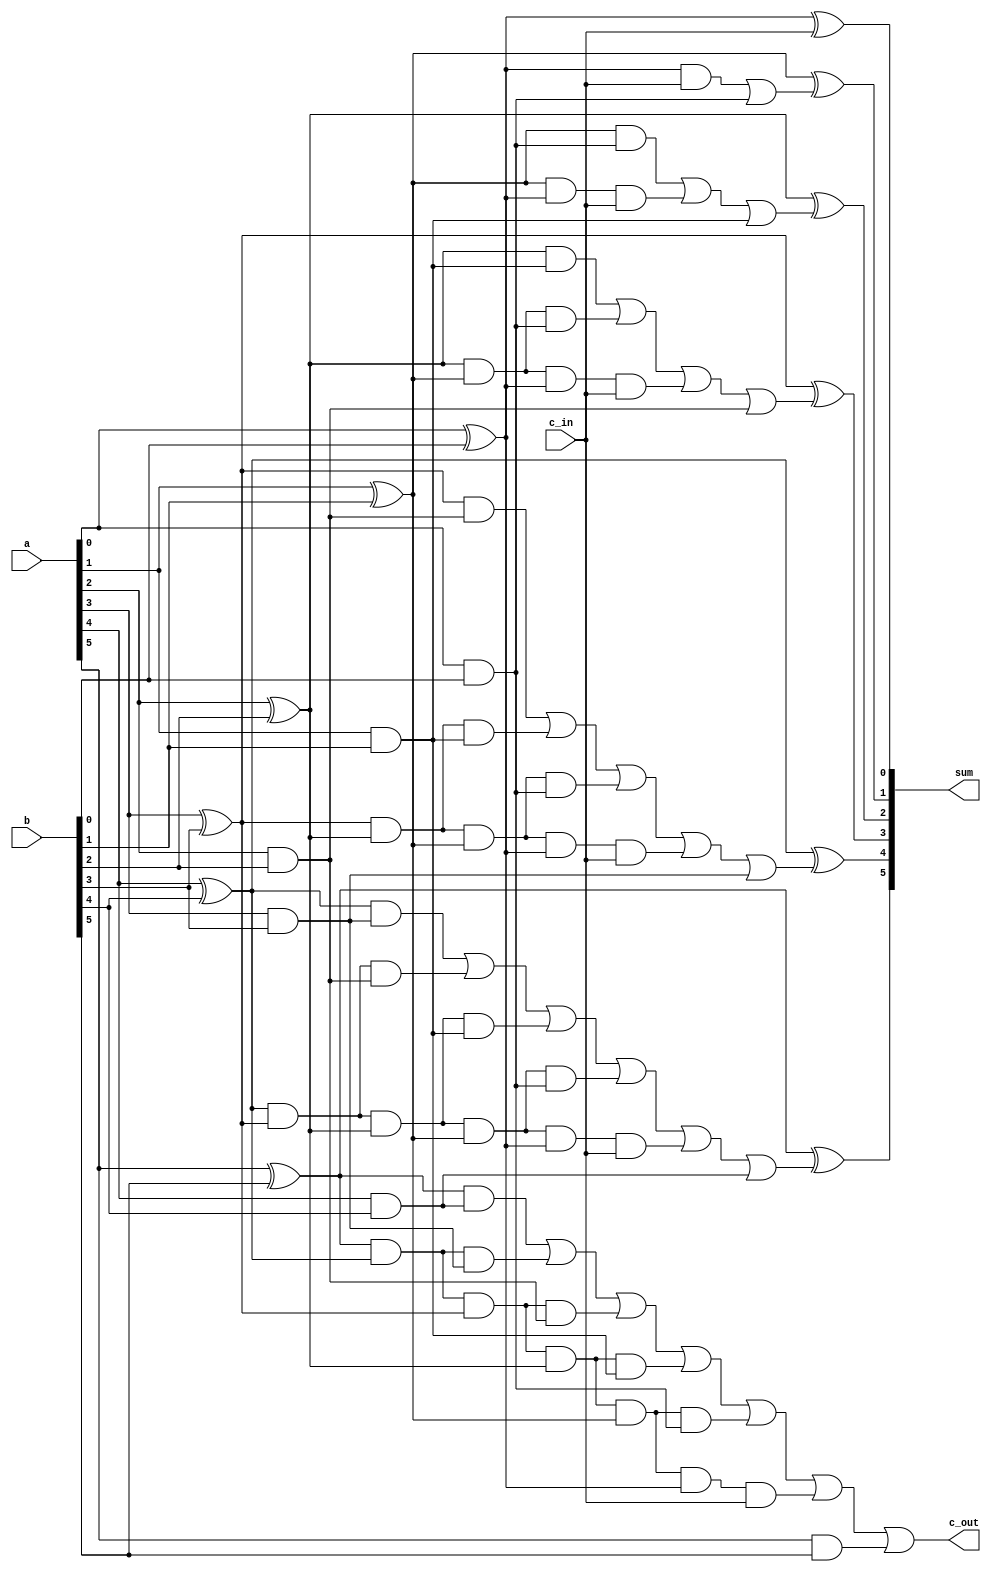
// This program was cloned from: https://github.com/techiepriyansh/zktsim
// License: Apache License 2.0

module cla_adder_6b (sum, c_out, a, b, c_in);

input [5:0] a, b;
input c_in;

output [5:0] sum;
output c_out;

wire p0, p1, p2, p3, p4, p5;
wire g0, g1, g2, g3, g4, g5;

wire c1, c2, c3, c4, c5;

wire c1_t0;
wire c2_t0, c2_t1;
wire c3_t0, c3_t1, c3_t2;
wire c4_t0, c4_t1, c4_t2, c4_t3;
wire c5_t0, c5_t1, c5_t2, c5_t3, c5_t4;
wire c_out_t0, c_out_t1, c_out_t2, c_out_t3, c_out_t4, c_out_t5;

// propagates

xor(p0, a[0], b[0]);
xor(p1, a[1], b[1]);
xor(p2, a[2], b[2]);
xor(p3, a[3], b[3]);
xor(p4, a[4], b[4]);
xor(p5, a[5], b[5]);

// generates

and(g0, a[0], b[0]);
and(g1, a[1], b[1]);
and(g2, a[2], b[2]);
and(g3, a[3], b[3]);
and(g4, a[4], b[4]);
and(g5, a[5], b[5]);


//carries

and(c1_t0, p0, c_in);
or(c1, c1_t0, g0);

and(c2_t1, p1, g0);
and(c2_t0, p1, p0, c_in);
or(c2, c2_t1, c2_t0, g1);

and(c3_t2, p2, g1);
and(c3_t1, p2, p1, g0);
and(c3_t0, p2, p1, p0, c_in);
or(c3, c3_t2, c3_t1, c3_t0, g2);

and(c4_t3, p3, g2);
and(c4_t2, p3, p2, g1);
and(c4_t1, p3, p2, p1, g0);
and(c4_t0, p3, p2, p1, p0, c_in);
or(c4, c4_t3, c4_t2, c4_t1, c4_t0, g3);

and(c5_t4, p4, g3);
and(c5_t3, p4, p3, g2);
and(c5_t2, p4, p3, p2, g1);
and(c5_t1, p4, p3, p2, p1, g0);
and(c5_t0, p4, p3, p2, p1, p0, c_in);
or(c5, c5_t4, c5_t3, c5_t2, c5_t1, c5_t0, g4);

and(c_out_t5, p5, g4);
and(c_out_t4, p5, p4, g3);
and(c_out_t3, p5, p4, p3, g2);
and(c_out_t2, p5, p4, p3, p2, g1);
and(c_out_t1, p5, p4, p3, p2, p1, g0);
and(c_out_t0, p5, p4, p3, p2, p1, p0, c_in);
or(c_out, c_out_t5, c_out_t4, c_out_t3, c_out_t2, c_out_t1, c_out_t0, g5);

// sum

xor(sum[0], p0, c_in);
xor(sum[1], p1, c1);
xor(sum[2], p2, c2);
xor(sum[3], p3, c3);
xor(sum[4], p4, c4);
xor(sum[5], p5, c5);

endmodule